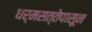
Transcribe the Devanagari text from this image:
धर्मसत्तेपासून